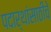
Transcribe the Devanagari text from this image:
पदार्थांसाठीचे